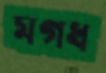
মগধ